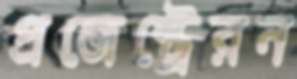
প্রজেস্ট্রেরন